Leaving Certificate Examination, 1913
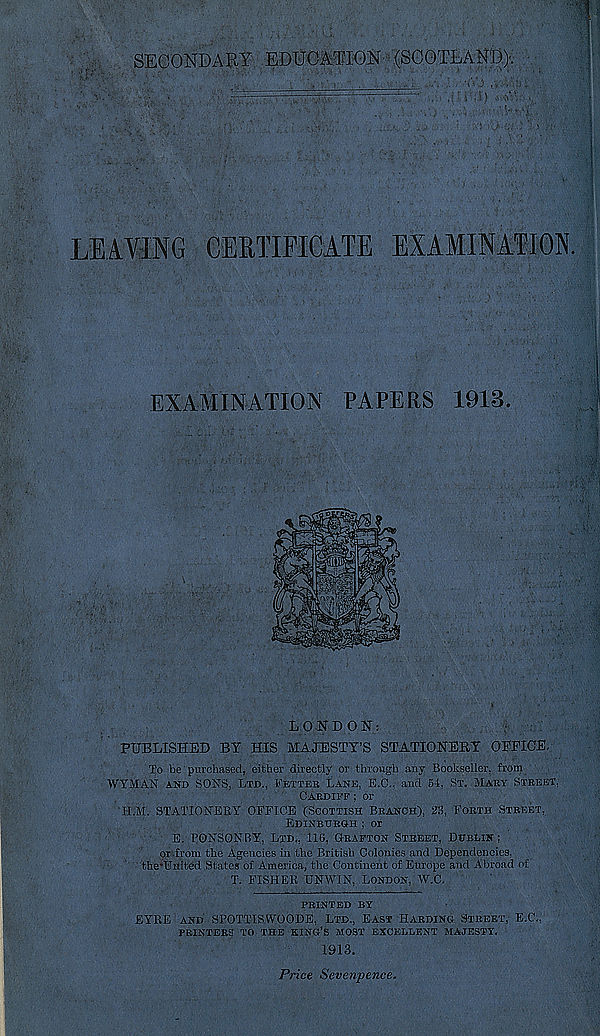
SECONDARY EDUCATION (SCOTLAND).
LEAVING CERTIFICATE EXAMINATION
PAPERS 1918
EXAMINATION
LONDON:
;
PUBLISHED BY HIS MAJESTY’S STATIONERY OPPIOE,
To be purchased, either directly or through any Bookseller, from
WYMAN and SONS, Ltd., IfETTEK Lane, E.C., and 54, St. Maky StkeeT,
Cabdiff ; or
H.M. STATIONERY OFFICE (Scottish Branch), 23, Forth Street,
Edinburgh ; or
E. PONSONBY, Ltd., 116, Grafton Street, Dublin;
or'.from the Agencies in the British Colonies and Dependencies,
the’Enited States of America, the Continent of Europe and Abroad of
T. FISHER UNWIN, London, W.C.
printed by
EYRE and SPOTTISWOODE, Ltd., East Harding Street, E.C,,
printers to the king’s most excellent majesty.
1913.
Price Sevenpence.